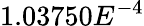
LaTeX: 1.03750E^{-4}